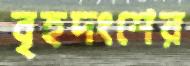
বৃহদংশের